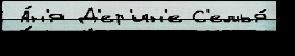
 А́н'я Д'ер'ин'е С'емья́